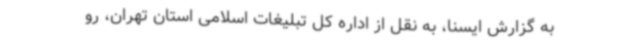
به گزارش ایسنا، به نقل از اداره کل تبلیغات اسلامی استان تهران، رو